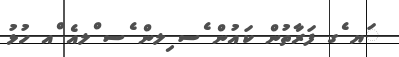
ަޔ ެގ ފަރާތުން ކައުން ެސ ިލން ެސ ްލއެ ްއ ހުޅު